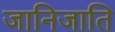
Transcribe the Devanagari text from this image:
जानिजाति